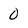
Character: 0